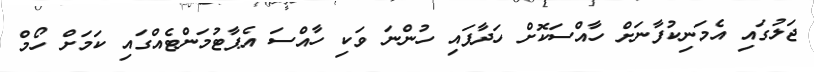
ޖަލުގައި އެމަނިކުފާނަށް ހާއްސަކޮށް ހަދާފައި ހުންނަ ވަކި ހާއްސަ އެޕާޓުމަންޓެއްގައި ކަމަށް ހޯމް